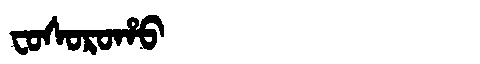
Manchu: ᠸᠣᠰᠣᡵᠣᡥᠣ
Romanization: FOSOROHO